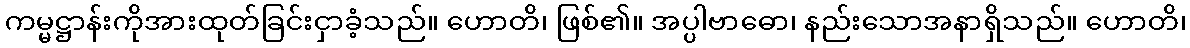
ကမ္မဋ္ဌာန်းကိုအားထုတ်ခြင်းငှာခံ့သည်။ ဟောတိ၊ ဖြစ်၏။ အပ္ပါဗာဓော၊ နည်းသောအနာရှိသည်။ ဟောတိ၊